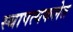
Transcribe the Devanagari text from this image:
स्थापत्यकलेत